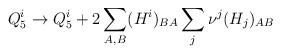
LaTeX: \begin{align*}Q^i_5 \to Q^i_5 +2\sum_{A,B}(H^i)_{BA}\sum_j \nu^j(H_j)_{AB}\end{align*}